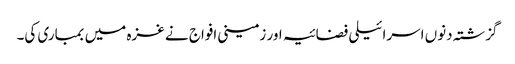
گزشتہ دنوں اسرائیلی فضائیہ اور زمینی افواج نے غزہ میں بمباری کی۔